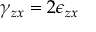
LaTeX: \gamma _ { z x } = 2 \epsilon _ { z x }